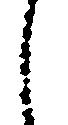
し